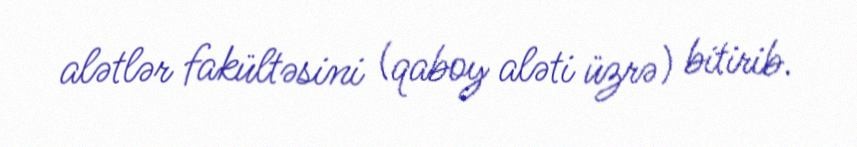
alətlər fakültəsini (qaboy aləti üzrə) bitirib.